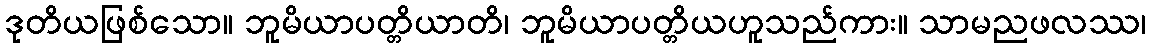
ဒုတိယဖြစ်သော။ ဘူမိယာပတ္တိယာတိ၊ ဘူမိယာပတ္တိယဟူသည်ကား။ သာမညဖလဿ၊